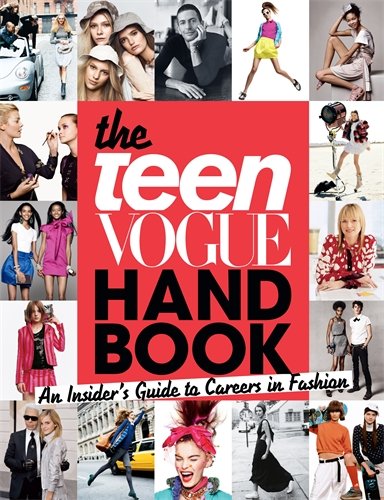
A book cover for The Teen Vogue Handbook: An Insider's Guide to Careers in Fashion; Teen Vogue; Children's Books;